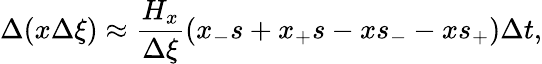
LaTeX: \Delta(x\Delta\xi)\approx\frac{H_{x}}{\Delta\xi}(x_{-}s+x_{+}s-xs_{-}-xs_{+})\Delta t,